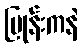
ဗြုန်းကနဲ